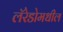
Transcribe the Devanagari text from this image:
लॅरेडोमधील